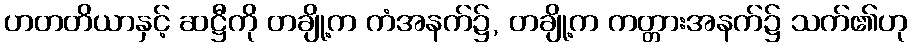
ဟတတိယာနှင့် ဆဋ္ဌီကို တချို့က ကံအနက်၌, တချို့က ကတ္တားအနက်၌ သက်၏ဟု